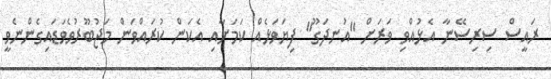
ރައީސް ސިރިސޭނާ އެޅުއްވި ވަރަށް "އުނދަގޫ" ފިޔަވަޅެއް ކަމަށާއި އެކަން ކުރައްވަން މަޖުބޫރުވެވަޑައިގެންނެވީ